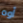
أوه